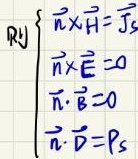
$\text{则}\left\{\begin{array}{l}
\vec{n} \times \vec{H}=\vec{J}_{S} \\
\vec{n} \times \vec{E}=0 \\
\vec{n} \cdot \vec{B}=0 \\
\vec{n} \cdot \vec{D}=P_{S}
\end{array}\right.$